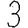
Digit: 3